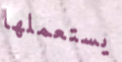
يستعملها